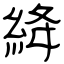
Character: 絳